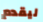
ليقدم